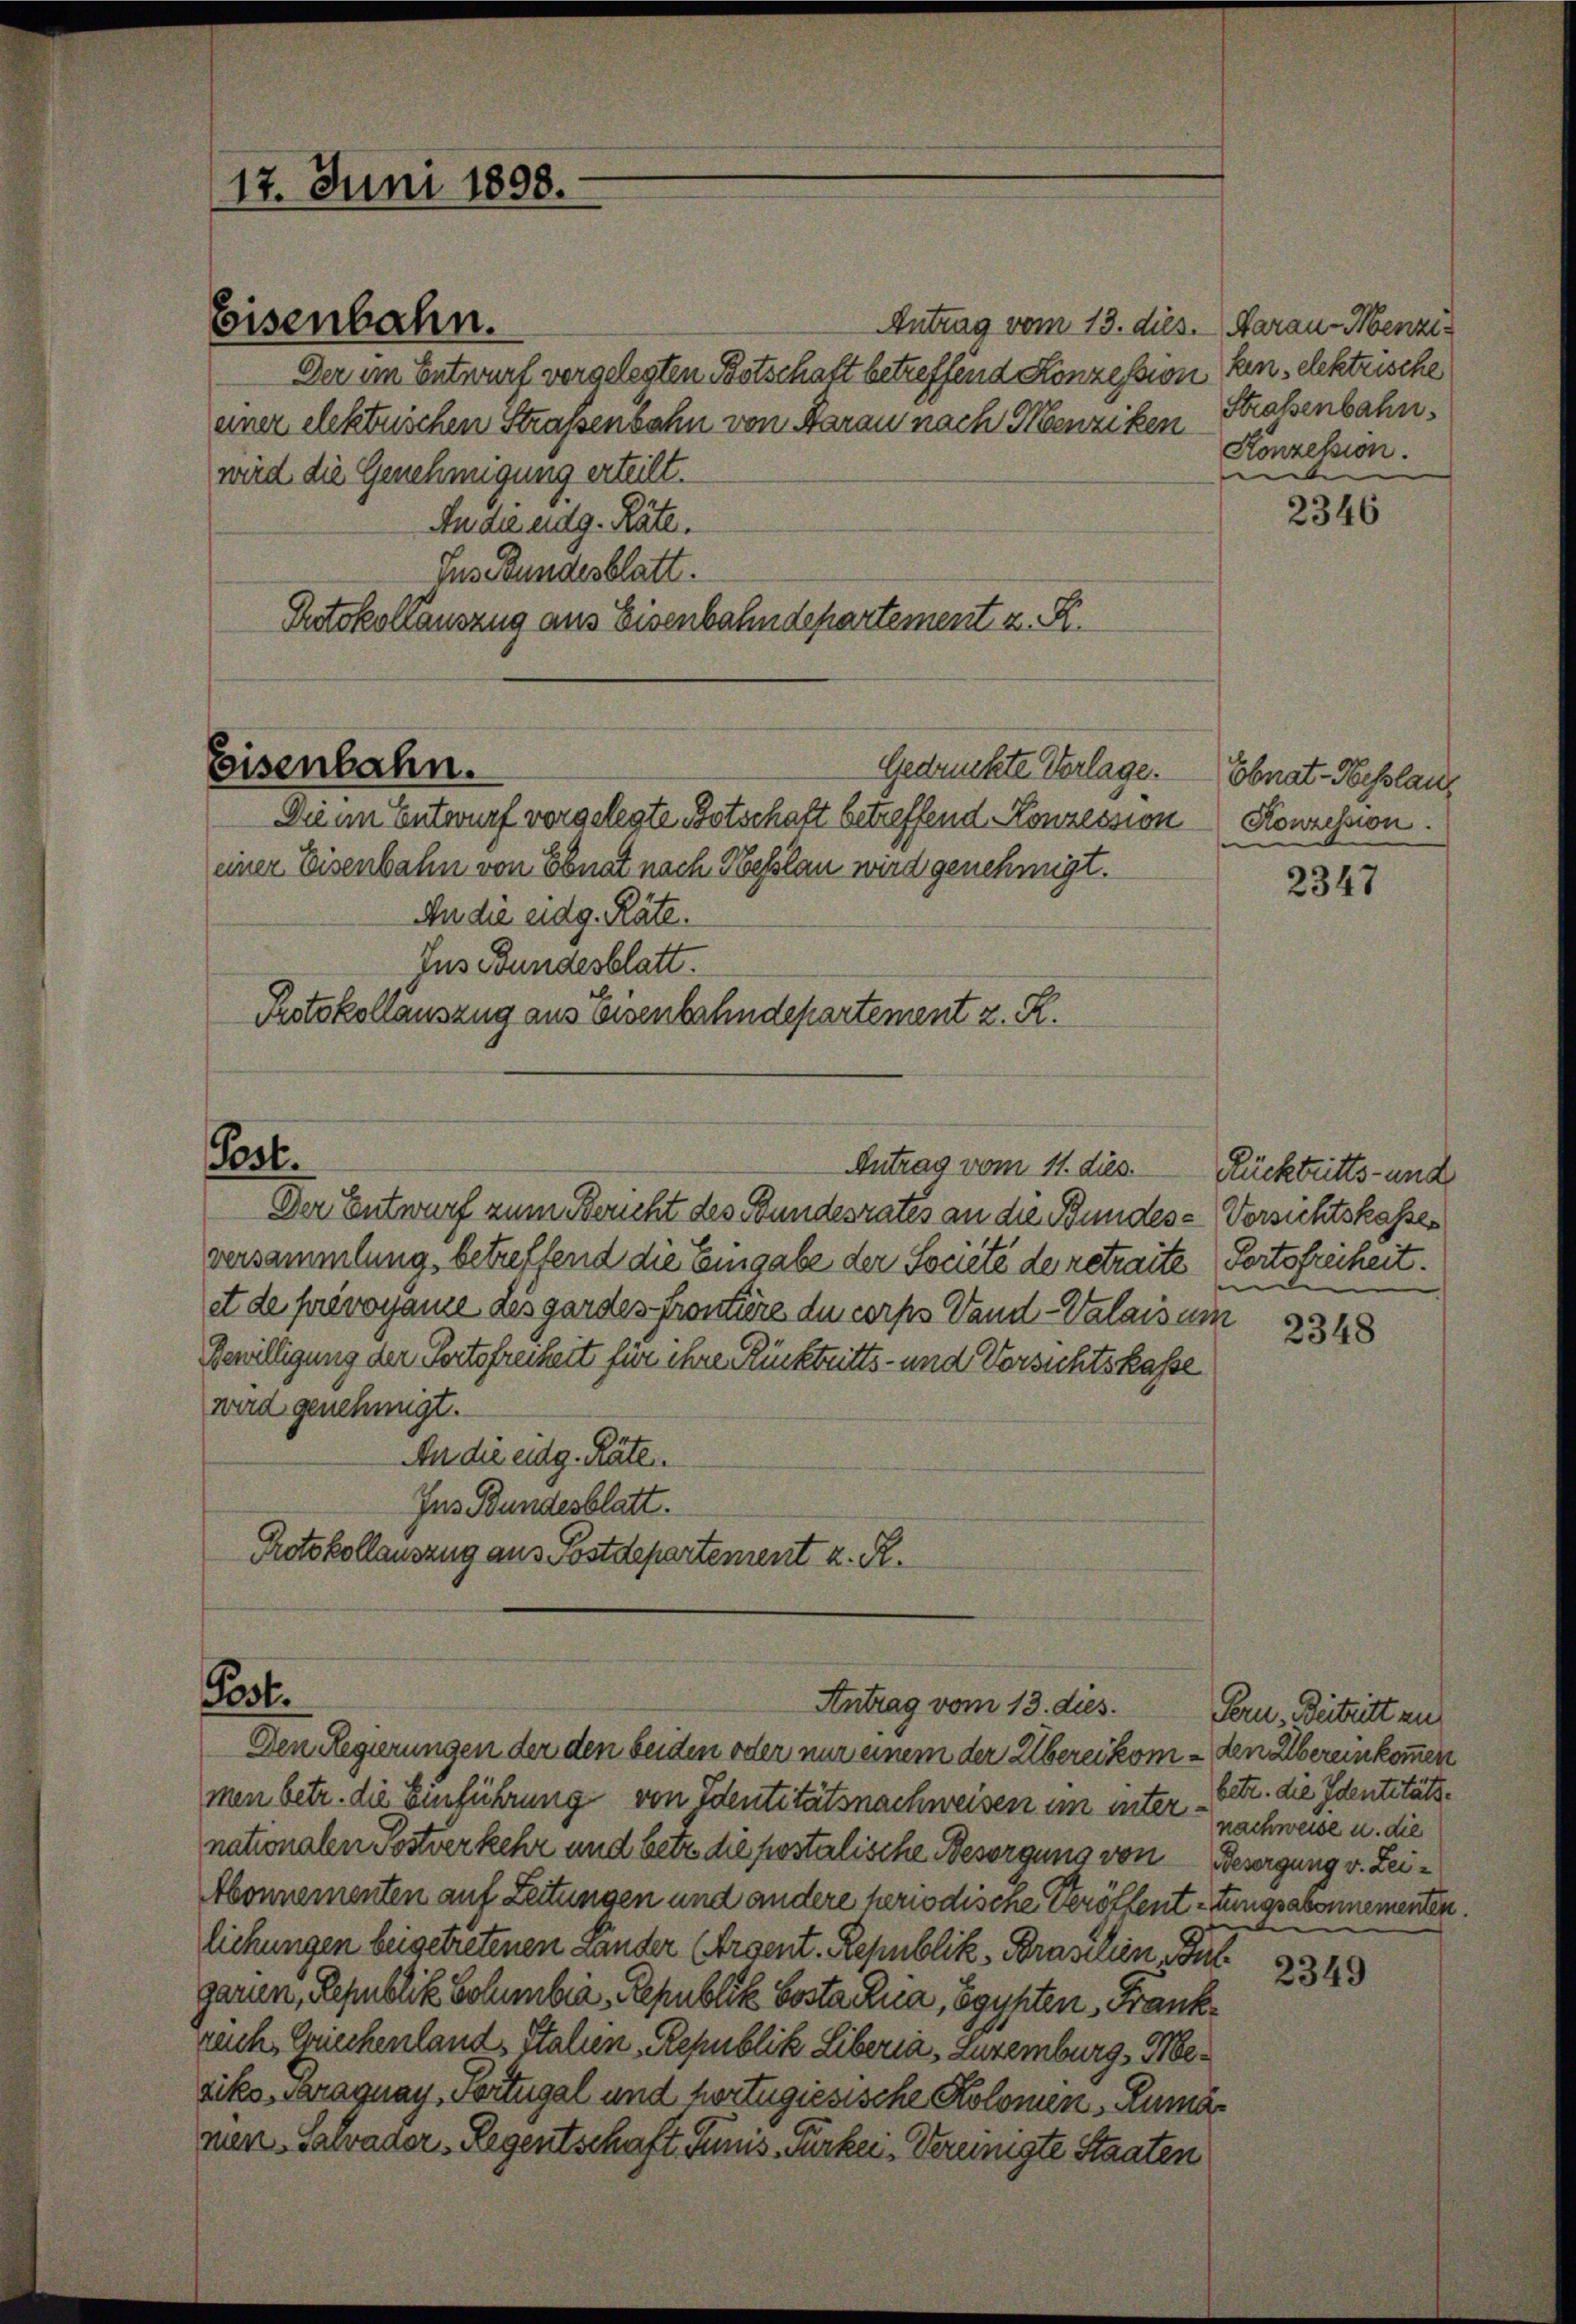
Der im Entwurf vorgelesten Botschaft betreffend Konzession
einer elektuischen Straßenbahn von Aarau nach Menziken
wird die Genehmigung erteilt.
An die eidg. Räte.
Ins Bundesblatt.
Putokollauszug aus Eisenbahndepartement z. R.

17. Juni 1898.

Eisenbahn.
Gedruckte Verlage.

Post.

Eisenbahn.

Dein Entwurf vorgelegte Botschaft betreffend Konzession
einer Eisenbahn von Ebnat nach Hesslau wird genehmigt.
An die eidg. Räte.
Jus Bundesblatt.
Protokollauszug aus Eisenbahndepartement z. R.

Antrag vom 11. dies Rücktritts- und

Post.
Antrag vom 13. dies.

Antrag vom 13. dies. Aarau - Menzi¬

Der Entwurf zum Bericht des Bundesrates an die Bundes-Vorsichtskasses
versammlung, betreffend die Eingabe der Societé de retraite Portofreiheit.
et de privogamie des gardes Frontire du corps Vand-Valaisum
Bewilligung der Portofreiheit für ihre Rücktritts- und Vorsichtskasse
wird genehmigt.
An die eidg. Räte
Ins Bundesblatt.
Protokollauszug aus Postdepartement z. R.

Den Regierungen der den seiden oder nur einem der Übereikom - den Übereinkommen
men betr. die Einführung von Identitätsnachweisen im unter betr. die Identitätsnationalen Postverkehr und betr. die postolische Besorgung von Besorgung v. Lei¬
Abonnementen auf Leitungen und andere heriodische Veröffent-tungsabonnementen.
lichungen beigetretenen Länder (Arsent. Republik, Brasilien, Gulgaren, Republik Bohnbia - Republik Costachna, Egypten, Frankrach, Griechenland, Italien, Republik Liberia, Zuremburg, Mesiko Paraguay, Sortugal und hortugiesische Kolomen, Rumär
men Salvador Regentschaft Junis Fürken, Vereinigte Staaten

ken, elektrische
Straßenbahn.
Konzession.
e

2346

Ebnat-Hesslau
Konzession.

2347

e

2348

Pern. Beitritt zu
nachweise u. die

2349